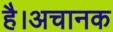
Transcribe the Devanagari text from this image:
है।अचानक